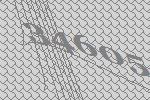
34605